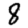
Digit: 8